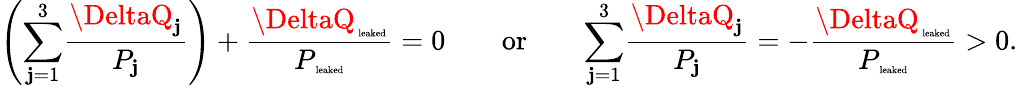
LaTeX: \left({\sum_{\mathbf{j}=1}^{3}}\frac{{\DeltaQ_{\mathbf{j}}}}{{P_{\mathbf{j}}}}\right)+\frac{{\DeltaQ_{\mathrm{{\tiny~leaked}}}}}{{P_{\mathrm{{\tiny~leaked}}}}}=0\qquad\mathrm{{or}}\qquad{\sum_{\mathbf{j}=1}^{3}}\frac{{\DeltaQ_{\mathbf{j}}}}{{P_{\mathbf{j}}}}=-\frac{{\DeltaQ_{\mathrm{{\tiny~leaked}}}}}{{P_{\mathrm{{\tiny~leaked}}}}}>0.